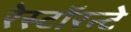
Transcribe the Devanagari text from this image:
रेस्टॉरन्टे